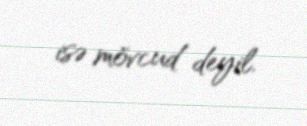
isə mövcud deyil.